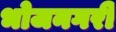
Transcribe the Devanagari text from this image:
भोजनगरी